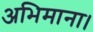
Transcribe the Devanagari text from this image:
अभिमाना।